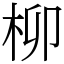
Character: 柳